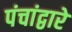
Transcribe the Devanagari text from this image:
पंचांद्वारे